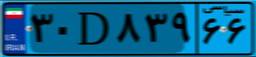
۸۶D۷۶۱۹۷